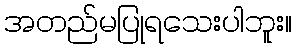
အတည်မပြုရသေးပါဘူး။